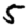
Digit: 5